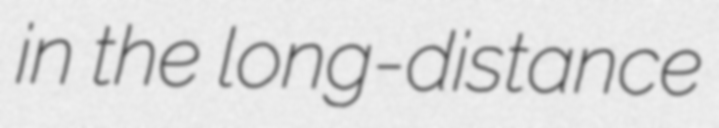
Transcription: in the long-distance